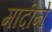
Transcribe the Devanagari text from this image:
मादीने